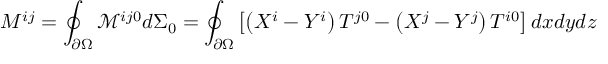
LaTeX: M ^ { i j } = \oint _ { \partial \Omega } { \mathcal { M } } ^ { i j 0 } d \Sigma _ { 0 } = \oint _ { \partial \Omega } \left[ \left( X ^ { i } - Y ^ { i } \right) T ^ { j 0 } - \left( X ^ { j } - Y ^ { j } \right) T ^ { i 0 } \right] d x d y d z